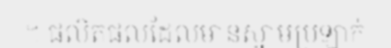
។ ផលិតផលដែលមានស្នាមប្រឡាក់